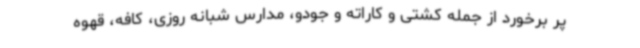
پر برخورد از جمله کشتی و کاراته و جودو، مدارس شبانه روزی، کافه، قهوه